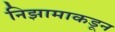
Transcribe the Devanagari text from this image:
निझामाकडून